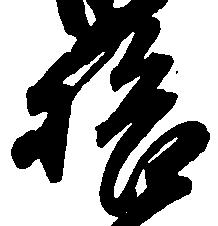
拾